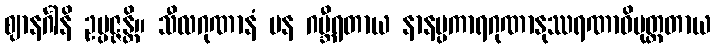
ဈာနင်္ဂါနိ ဥပ္ပဇ္ဇန္တိ။ သီလဂုဏာနံ ပန ဂမ္ဘီရတာယ နာနပ္ပကာရဂုဏာနုဿရဏာဓိမုတ္တတာယ